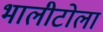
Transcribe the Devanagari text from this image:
भालीटोला